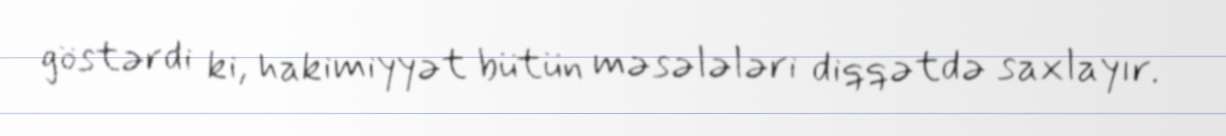
göstərdi ki, hakimiyyət bütün məsələləri diqqətdə saxlayır.